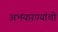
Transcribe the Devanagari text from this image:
अभयारण्यांची